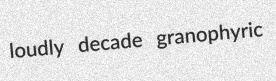
loudly decade granophyric